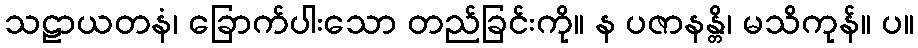
သဠာယတနံ၊ ခြောက်ပါးသော တည်ခြင်းကို။ န ပဇာနန္တိ၊ မသိကုန်။ ပ။